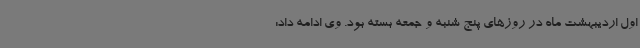
اول اردیبهشت ماه در روزهای پنج شنبه و جمعه بسته بود. وی ادامه داد: